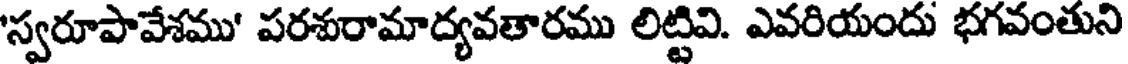
'స్వరూపావేశము' పరశురామాద్యవతారము లిట్టివి. ఎవరియందు భగవంతుని